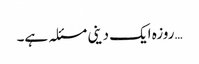
…روزہ ایک دینی مسئلہ ہے۔